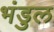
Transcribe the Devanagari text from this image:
भंडुल